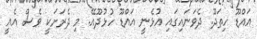
އައްޑޫ ހިތަދޫ. ދެވަނައިގައި އުޅެނީ އައްޑޫ ހުޅުދޫއޭ. މި ދެރަށަކީ ވެސް އެއީ